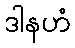
ဒါနဟံ